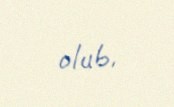
olub.